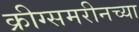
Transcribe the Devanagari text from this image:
क्रीग्समरीनच्या